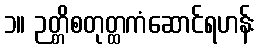
၁။ ဉတ္တိစတုတ္ထကံဆောင်ရဟန်း